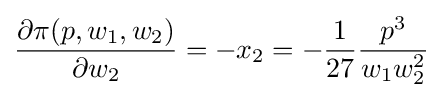
{\frac {\partial \pi (p,w_{1},w_{2})}{\partial w_{2}}}=-x_{2}=-{\frac {1}{27}}{\frac {p^{3}}{w_{1}w_{2}^{2}}}